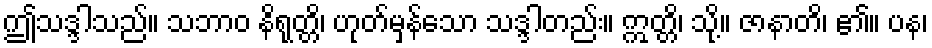
ဤသဒ္ဒါသည်။ သဘာဝ နိရုတ္တိ၊ ဟုတ်မှန်သော သဒ္ဒါတည်း။ ဣတ္တိ၊ သို့။ ဇာနာတိ၊ ၏။ ပန၊